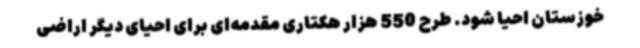
خوزستان احیا شود. طرح 550 هزار هکتاری مقدمه‌ای برای احیای دیگر اراضی